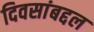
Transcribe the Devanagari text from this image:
दिवसांबद्दल